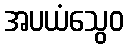
အပယံသွေဝ